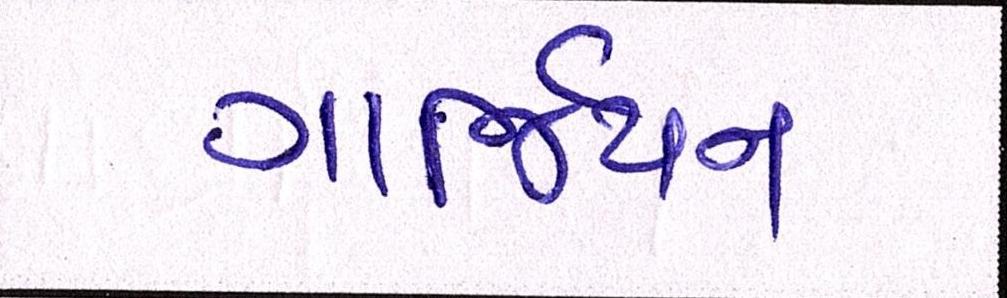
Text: ગાર્જિયન